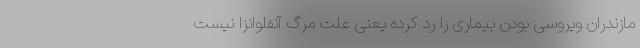
مازندران ویروسی بودن بیماری را رد کرده یعنی علت مرگ آنفلوانزا نیست